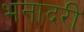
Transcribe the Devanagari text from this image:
भनादरी